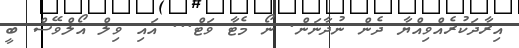
އިރާދަކުރެއްވިއްޔާ ދެން ނުދާނަން. ނޯ މެޓާ ވަޓް... އައި ވިލް އޯލްވޭސް ބީ